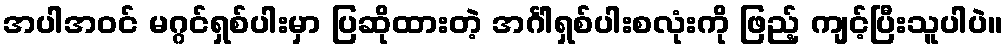
အပါအဝင် မဂ္ဂင်ရှစ်ပါးမှာ ပြဆိုထားတဲ့ အင်္ဂါရှစ်ပါးစလုံးကို ဖြည့် ကျင့်ပြီးသူပါပဲ။